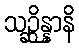
သဉ္ဆိန္နာနိ